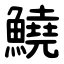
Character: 鱙